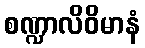
စဏ္ဍာလိဝိမာနံ